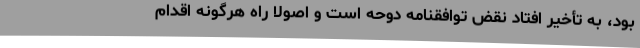
بود، به تأخیر افتاد نقض توافقنامه دوحه است و اصولا راه هرگونه اقدام